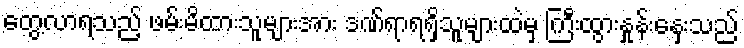
တွေ့လာရသည့် ဖမ်းမိထားသူများအား ဒဏ်ရာရရှိသူများထဲမှ ကြီးထွားနှုန်းနှေးသည်